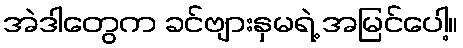
အဲဒါတွေက ခင်ဗျားနှမရဲ့ အမြင်ပေါ့။